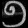
Digit: ၅